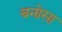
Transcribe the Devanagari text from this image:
बनोसा